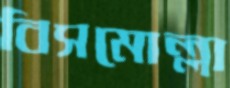
বিসমোল্লা